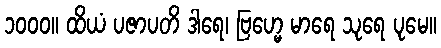
၁၀၀၀။ ထိယံ ပဇာပတိ ဒါရေ၊ ဗြဟ္မေ မာရေ သုရေ ပုမေ။